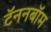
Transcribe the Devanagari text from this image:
टॅननबॉम